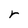
Character: r